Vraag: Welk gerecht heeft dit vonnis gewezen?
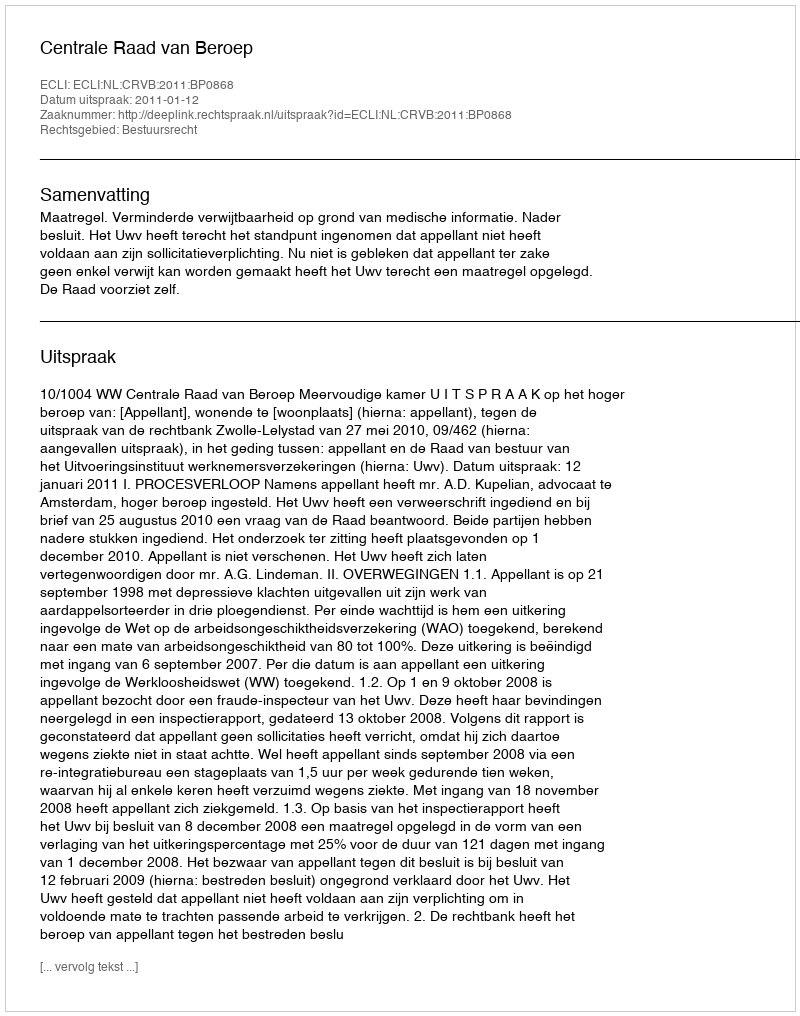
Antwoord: Centrale Raad van Beroep